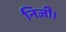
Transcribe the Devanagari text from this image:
निजी।